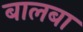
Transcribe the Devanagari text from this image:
बालबा